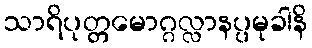
သာရိပုတ္တမောဂ္ဂလ္လာနပ္ပမုခါနိ